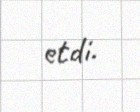
etdi.